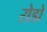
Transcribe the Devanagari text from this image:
रोडो